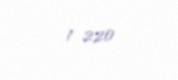
1 220